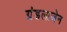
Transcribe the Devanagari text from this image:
ग्रंडलाजेन